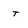
Character: t